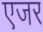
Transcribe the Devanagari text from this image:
एजर